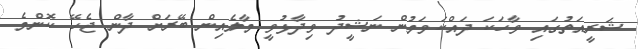
ޝަރީއަތުގައި ވާހަކަ ދައްކަވަމުން ނަޝީދު ވިދާޅުވީ މާލެއިން ބޭރަށް ދާން ޖެހޭ ކޮންމެ